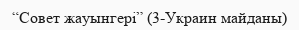
“Совет жауынгері” (3-Украин майданы)